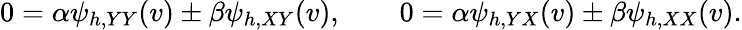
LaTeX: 0=\alpha\psi_{h,YY}(v)\pm\beta\psi_{h,XY}(v),\qquad 0=\alpha\psi_{h,YX}(v)\pm\beta\psi_{h,XX}(v).